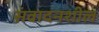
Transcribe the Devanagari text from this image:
संवादनशील